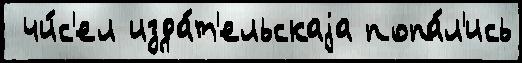
 чи́с'ел изда́т'ельскаjа попа́л'ись